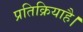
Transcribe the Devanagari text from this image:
प्रतिक्रियाहै।